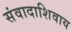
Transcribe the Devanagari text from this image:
संवादाशिवाय